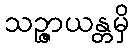
သဉ္ဇာယန္တမှိ